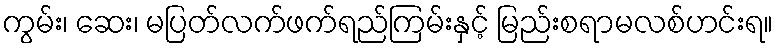
ကွမ်း၊ ဆေး၊ မပြတ်လက်ဖက်ရည်ကြမ်းနှင့် မြည်းစရာမလစ်ဟင်းရ။